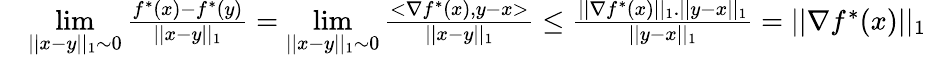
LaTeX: \begin{array}{rl}{}&{\underset{||x-y||_{1}\sim 0}{\operatorname*{lim}}\frac{f^{*}(x)-f^{*}(y)}{||x-y||_{1}}=\underset{||x-y||_{1}\sim 0}{\operatorname*{lim}}\frac{<\nabla f^{*}(x),y-x>}{||x-y||_{1}}\leq\frac{||\nabla f^{*}(x)||_{1}.||y-x||_{1}}{||y-x||_{1}}=||\nabla f^{*}(x)||_{1}}\end{array}